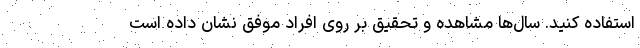
استفاده کنید. سال‌ها مشاهده و تحقیق بر روی افراد موفق نشان داده است